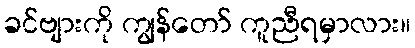
ခင်ဗျားကို ကျွန်တော် ကူညီရမှာလား။